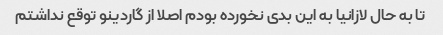
تا به حال لازانیا به این بدی نخورده بودم اصلا از گاردینو توقع نداشتم